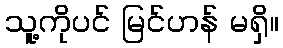
သူ့ကိုပင် မြင်ဟန် မရှိ။